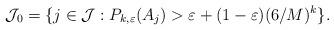
LaTeX: \begin{align*} \mathcal{J}_0 = \{j \in \mathcal{J} : P_{k,\varepsilon}(A_j) > \varepsilon + (1-\varepsilon)(6/M)^k \}.\end{align*}